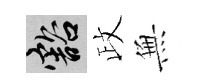
豁政𭴾